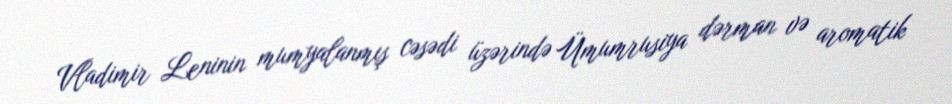
Vladimir Leninin mumyalanmış cəsədi üzərində Ümumrusiya dərman və aromatik